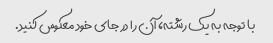
با توجه به یک رشته، آن را در جای خود معکوس کنید.